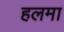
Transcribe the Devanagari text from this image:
हलमा